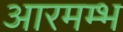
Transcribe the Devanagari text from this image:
आरमम्भ